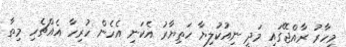
މިހާރު ރާއްޖޭގައި މަދީ ނިއުކުލިޔާ ހަތިޔާރު އެކަނި އެހެން ހުރިހާ އެއްޗެހި މިތާ